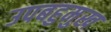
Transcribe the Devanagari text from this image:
उपबहुमुख